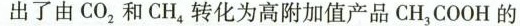
出了由CO_{2}和CH4_{4}转化为高附加值产品CH_{3}COOH的